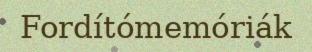
Fordítómemóriák